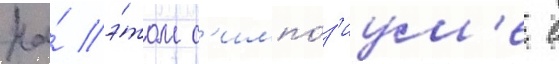
На́ э́том с'импо́з'иум'е с